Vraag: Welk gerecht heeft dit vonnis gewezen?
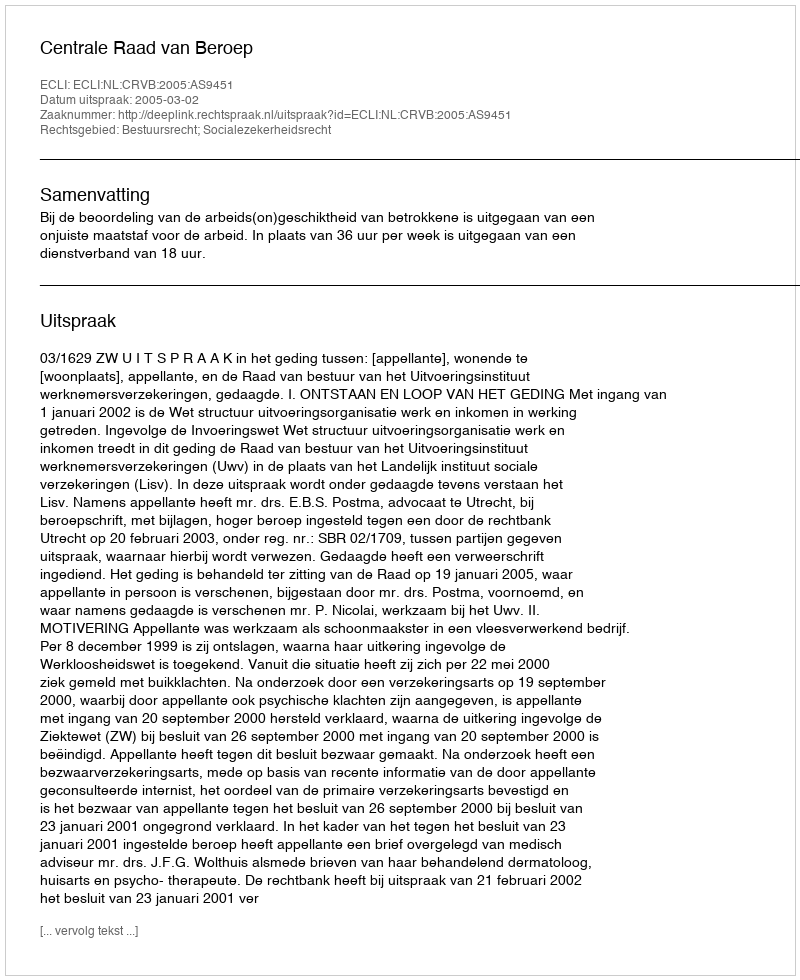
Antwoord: Centrale Raad van Beroep